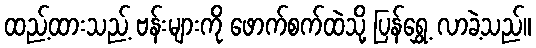
ထည့်ထားသည့် ဗန်းများကို ဖောက်စက်ထဲသို့ ပြန်ရွှေ့ လာခဲ့သည်။